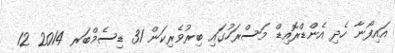
އައިފޯނާ ހެދި އެންޑްރޮއިޑް މަސްރަހުގައި ބިރުވެރިކަން 31 ޑިސެމްބަރ 2014 12